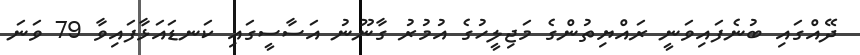
ދޭއްގައި ބުނެފައިވަނީ ރައްޔިތުންގެ މަޖިލީހުގެ އުމުރު ގާނޫނު އަސާސީގައި ކަނޑައަޅާފައިވާ 79 ވަނަ